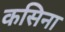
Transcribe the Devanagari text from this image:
कसिना